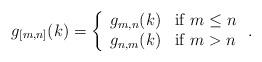
LaTeX: \begin{align*}g_{[m,n]}(k)=\left\{ \begin{array}{ll} g_{m,n}(k) & {\rm if}\; m\leq n\\ g_{n,m}(k) & {\rm if}\; m>n \end{array} \right. .\end{align*}